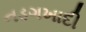
નડગખાદી